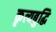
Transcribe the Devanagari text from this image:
कृत्यबुद्धि